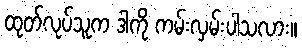
ထုတ်လုပ်သူက ဒါကို ကမ်းလှမ်းပါသလား။